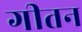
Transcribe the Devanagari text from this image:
गीतन